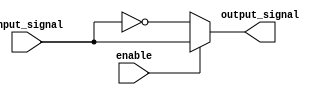
module active_low_buffer(
    input input_signal,
    input enable,
    output reg output_signal
);

always @ (input_signal, enable)
begin
    if (enable == 0)
        output_signal <= ~input_signal; // invert input signal
    else
        output_signal <= input_signal; // output follows input
end

endmodule